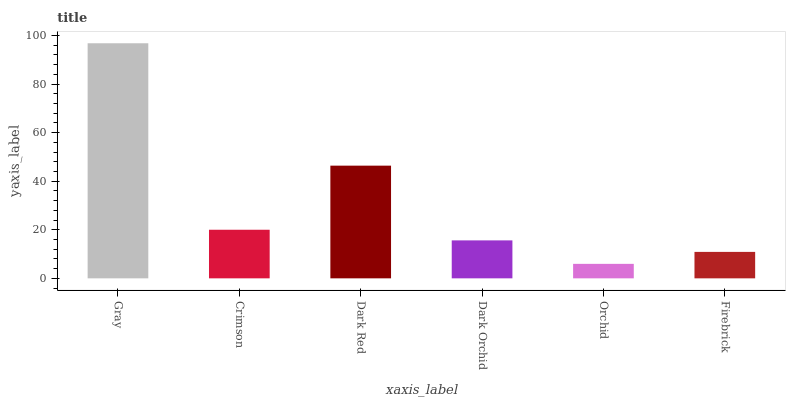
| xaxis_label | bars |
 | --- | --- |
 | Gray | 96.8 |
 | Crimson | 20 |
 | Dark Red | 46.4 |
 | Dark Orchid | 15.6 |
 | Orchid | 5.97 |
 | Firebrick | 10.9 |